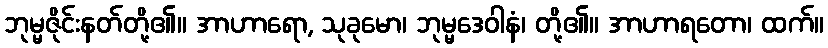
ဘုမ္မဇိုင်းနတ်တို့၏။ အာဟာရော, သုခုမော၊ ဘုမ္မဒေဝါနံ၊ တို့၏။ အာဟာရတော၊ ထက်။